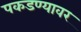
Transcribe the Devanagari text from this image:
पकडण्यावर